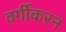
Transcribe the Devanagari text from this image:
वर्गीकरन